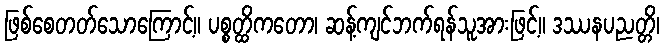
ဖြစ်စေတတ်သောကြောင့်။ ပစ္စတ္ထိကတော၊ ဆန့်ကျင်ဘက်ရန်သူအားဖြင့်။ ဒဿနပညတ္တိ၊